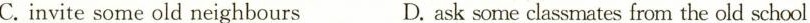
C. invite some old neighbours D. ask some classmates from the old school